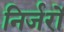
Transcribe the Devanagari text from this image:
निर्जरों